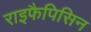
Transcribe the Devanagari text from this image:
राइफैपिसिन